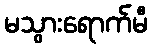
မသွားရောက်မီ